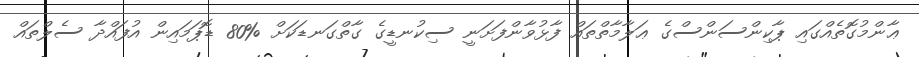
ޢާންމުގޮތެއްގައި ޕާކިންސަންސްގެ ޢަލާމާތްތައް ފާޅުވާންފަށަނީ ސިކުނޑީގެ ގާތްގަނޑަކަށް %80 ޑޮޕަމައިން އުފައްދާ ސެލްތައް